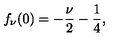
f _ { \nu } ( 0 ) = - \frac \nu 2 - \frac 1 4 ,